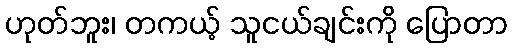
ဟုတ်ဘူး၊ တကယ့် သူငယ်ချင်းကို ပြောတာ